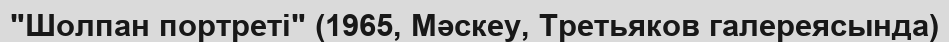
"Шолпан портреті" (1965, Мәскеу, Третьяков галереясында)